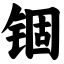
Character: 锢